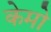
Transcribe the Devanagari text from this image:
केमो